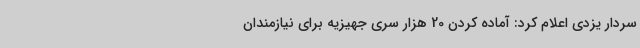
سردار یزدی اعلام کرد: آماده کردن 20 هزار سری جهیزیه برای نیازمندان